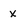
Character: x